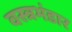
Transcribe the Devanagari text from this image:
वस्त्रभंडार